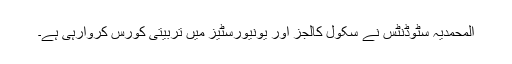
المحمدیہ سٹوڈنٹس نے سکول کالجز اور یونیورسٹیز میں تربیتی کورس کروارہی ہے۔